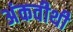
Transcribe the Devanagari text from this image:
अंकवीथी